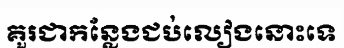
គួរជាកន្លែងជប់លៀងនោះទេ